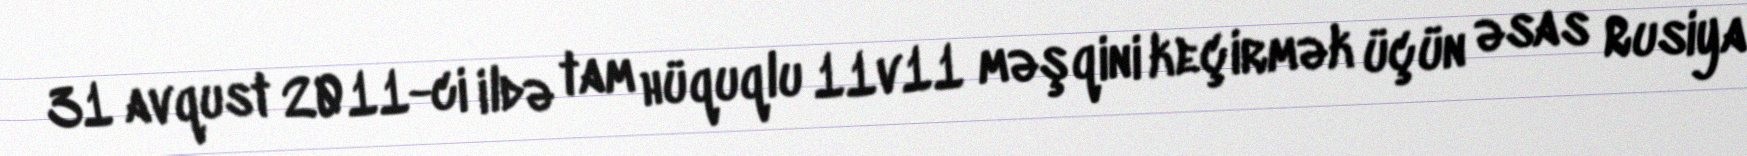
31 avqust 2011-ci ildə tam hüquqlu 11v11 məşqini keçirmək üçün əsas Rusiya